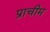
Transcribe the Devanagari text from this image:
प्राचीम